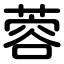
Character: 蓉